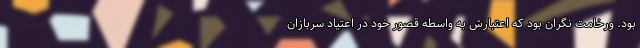
بود. ورخامت نگران بود که اعتبارش به واسطه قصور خود در اعتیاد سربازان